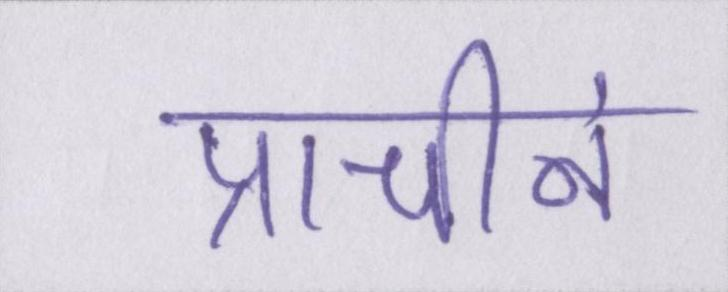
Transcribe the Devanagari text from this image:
प्राचीनं